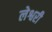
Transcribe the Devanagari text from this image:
लेश्वरी